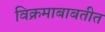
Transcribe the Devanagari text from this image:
विक्रमाबाबतीत